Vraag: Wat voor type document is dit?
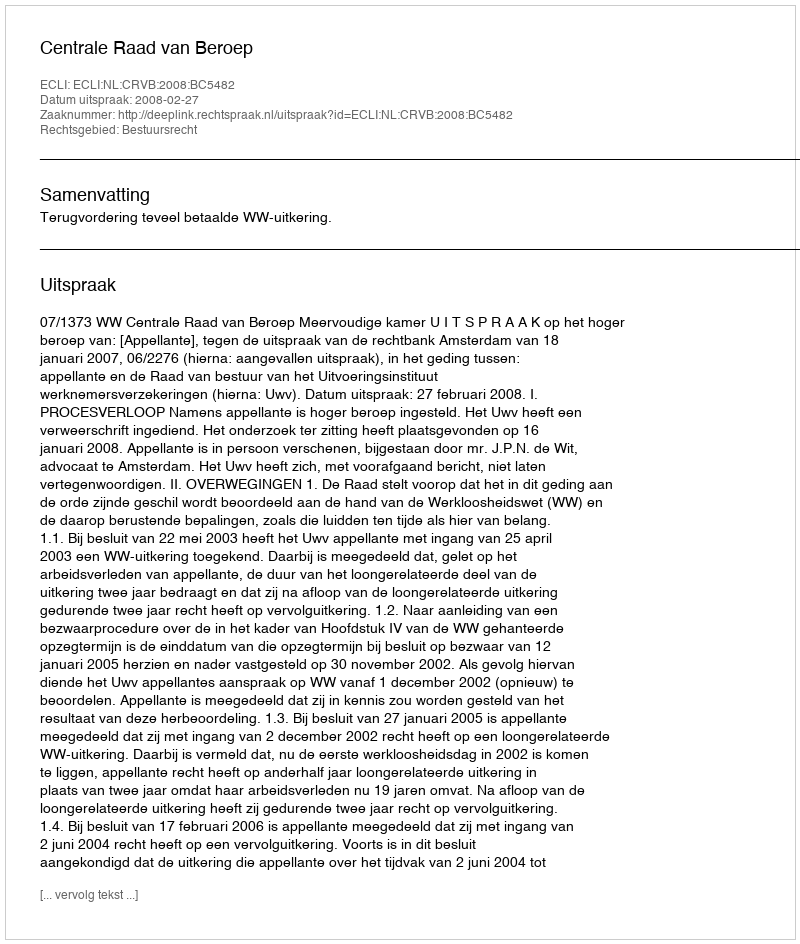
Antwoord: Uitspraak